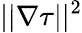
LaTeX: ||\nabla\tau||^{2}